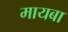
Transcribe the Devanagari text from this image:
मायबा